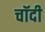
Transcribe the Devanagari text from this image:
चॉदी